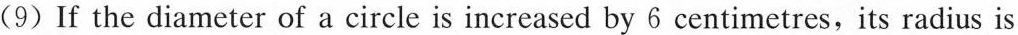
(9) If the diameter of a circle is increased by 6 centimetres,its radius is